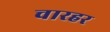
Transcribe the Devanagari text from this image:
चारहर